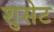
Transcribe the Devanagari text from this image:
शुसेट